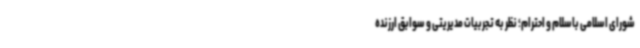
شورای اسلامی باسلام و احترام؛ نظر به تجربیات مدیریتی و سوابق ارزنده